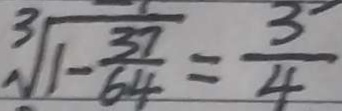
\sqrt [ 3 ] { 1 - \frac { 3 7 } { 6 4 } } = \frac { 3 } { 4 }